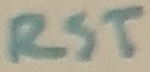
Text: RST